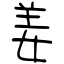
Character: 姜